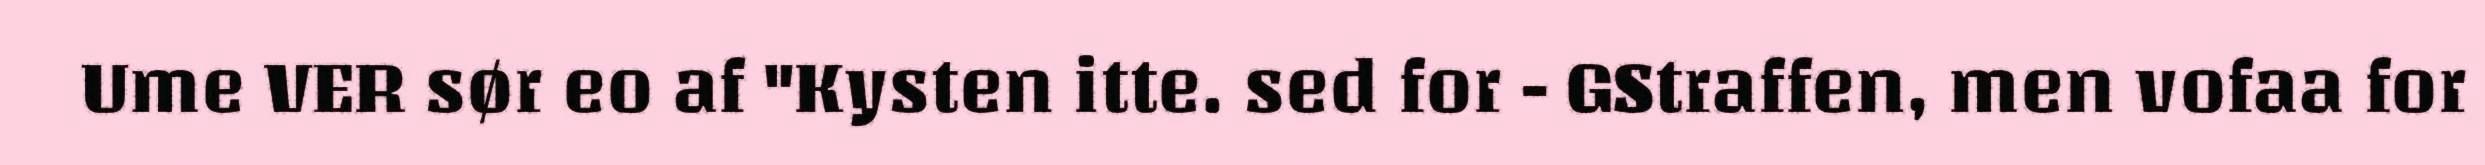
Ume VER sør eo af "Kysten itte. sed for - GStraffen, men vofaa for